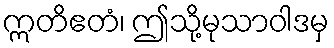
ဣတိဧတံ၊ ဤသို့မုသာဝါဒမှ